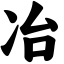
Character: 冶